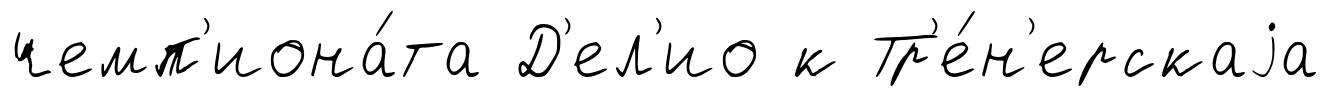
чемп'иона́та Д'ел'ио к Тр'е́н'ерскаjа